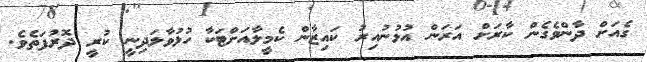
ގެއަށް ދާންވެގެން ކާރަށް އަރަން އުޅުނުއިރު ކައިޒާން ކެމީލާއަށްޓަކާ ހުޅުވާލަދިނީ ކުރީ ދޮރުފަތެވެ.